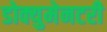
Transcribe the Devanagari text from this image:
डोक्युमेनटरी